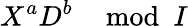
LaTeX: X^{a}D^{b}\mod{I}